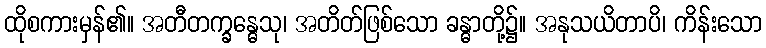
ထိုစကားမှန်၏။ အတီတက္ခန္ဓေသု၊ အတိတ်ဖြစ်သော ခန္ဓာတို့၌။ အနုသယိတာပိ၊ ကိန်းသော